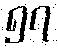
၅၇